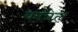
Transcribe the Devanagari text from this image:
कांत्रेल